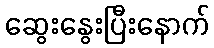
ဆွေးနွေးပြီးနောက်